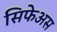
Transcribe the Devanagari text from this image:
सिफेअस